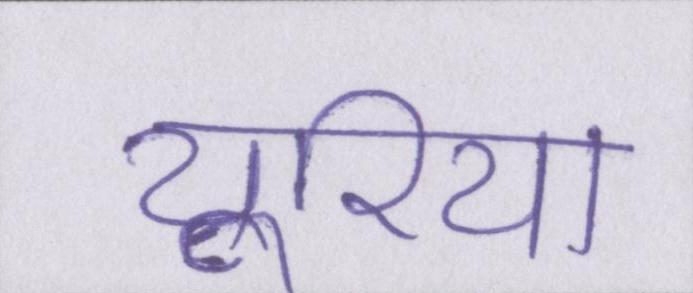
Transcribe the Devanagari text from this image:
यूरिया